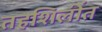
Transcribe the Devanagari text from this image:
तहशिलींत